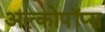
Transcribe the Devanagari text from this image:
अल्कोपॉप्स